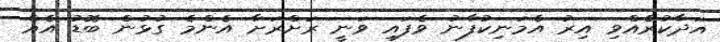
އަދާކުރެއްވި އިރު އެމަނިކުފާނު ވެފައި ވަނީ ރަަށްރަށާ އެންމެ ގުޅުން ބޮޑު އެއް